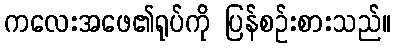
ကလေးအဖေ၏ရုပ်ကို ပြန်စဉ်းစားသည်။